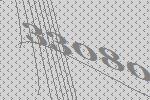
33080